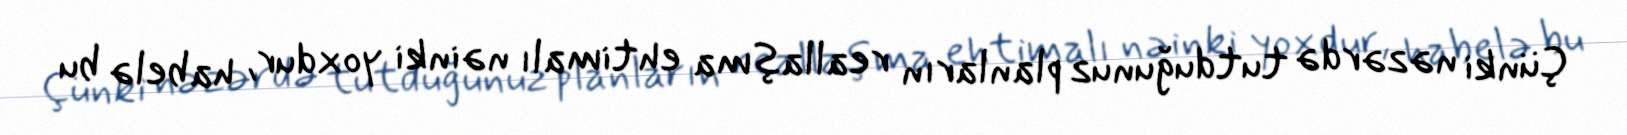
Çünki nəzərdə tutduğunuz planların reallaşma ehtimalı nəinki yoxdur, habelə bu